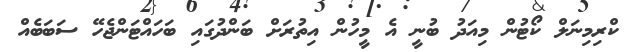
ކްރިމިނަލް ކޯޓުން މިއަދު ބުނީ އެ މީހުން އިތުރަށް ބަންދުގައި ބަހައްޓަންޖެހޭ ސަބަބެއް